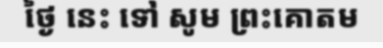
ថ្ងៃ នេះ ទៅ សូម ព្រះគោតម